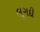
લૂગદી